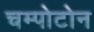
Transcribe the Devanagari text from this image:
चम्पोटोन